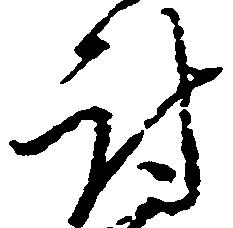
討